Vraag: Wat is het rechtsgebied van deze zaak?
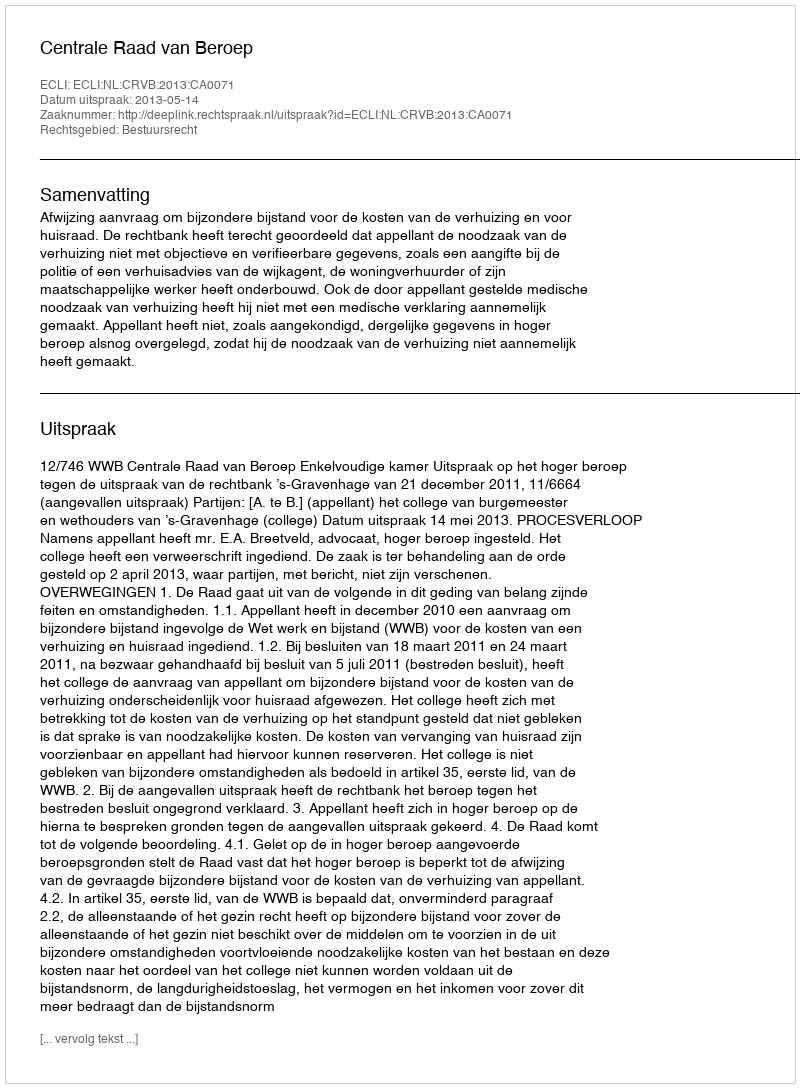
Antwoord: Bestuursrecht